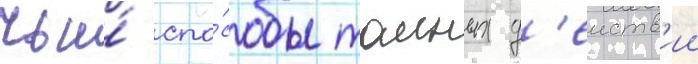
чьи́ спо́собы таиных д'еиств'ии